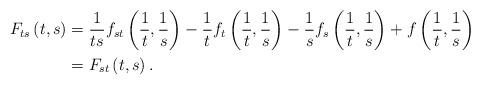
LaTeX: \begin{align*}F_{ts} \left( {t,s} \right) &= \frac{1}{{ts}}f_{st}\left( {\frac{1}{t},\frac{1}{s}} \right) - \frac{1}{t}f_t \left({\frac{1}{t},\frac{1}{s}} \right) - \frac{1}{s}f_s \left({\frac{1}{t},\frac{1}{s}} \right) + f\left({\frac{1}{t},\frac{1}{s}} \right)\\&= F_{st} \left( {t,s} \right).\end{align*}